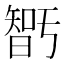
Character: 𭧝